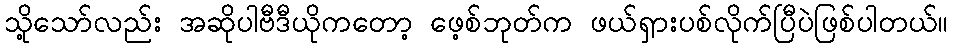
သို့သော်လည်း အဆိုပါဗီဒီယိုကတော့ ဖေ့စ်ဘုတ်က ဖယ်ရှားပစ်လိုက်ပြီပဲဖြစ်ပါတယ်။